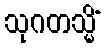
သုဂတသ္မိံ